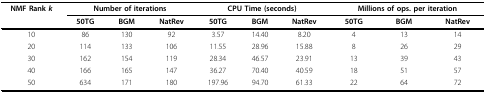
<table><thead><tr><td><b>NMF Rank <i>k</i></b></td><td colspan="3"><b>Number of iterations</b></td><td colspan="3"><b>CPU Time (seconds)</b></td><td colspan="3"><b>Millions of ops. per iteration</b></td></tr><tr><td></td><td><b>50TG</b></td><td><b>BGM</b></td><td><b>NatRev</b></td><td><b>50TG</b></td><td><b>BGM</b></td><td><b>NatRev</b></td><td><b>50TG</b></td><td><b>BGM</b></td><td><b>NatRev</b></td></tr></thead><tbody><tr><td>10</td><td>86</td><td>130</td><td>92</td><td>3.57</td><td>14.40</td><td>8.20</td><td>4</td><td>13</td><td>14</td></tr><tr><td>20</td><td>114</td><td>133</td><td>106</td><td>11.55</td><td>28.96</td><td>15.88</td><td>8</td><td>26</td><td>29</td></tr><tr><td>30</td><td>162</td><td>154</td><td>119</td><td>28.34</td><td>46.57</td><td>23.91</td><td>13</td><td>39</td><td>43</td></tr><tr><td>40</td><td>166</td><td>165</td><td>147</td><td>36.27</td><td>70.40</td><td>40.59</td><td>18</td><td>51</td><td>57</td></tr><tr><td>50</td><td>634</td><td>171</td><td>180</td><td>197.96</td><td>94.70</td><td>61.33</td><td>22</td><td>64</td><td>72</td></tr></tbody></table>